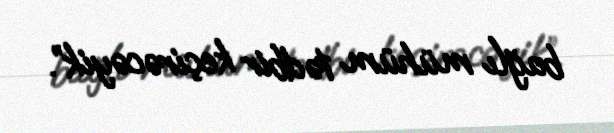
bağlı mühüm tədbir keçirəcəyik”.